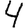
Digit: 4